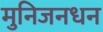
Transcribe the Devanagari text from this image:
मुनिजनधन